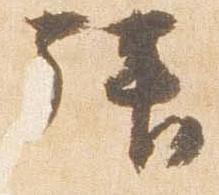
拝